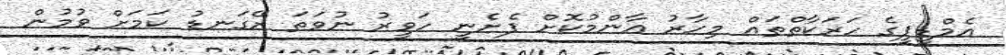
އެމްޑީޕީގެ ހަރަކާތްތައް މިހާރު އާންމުކޮށް ފެށެނީ ހަވީރު ނުވަތަ ރޭގަނޑު ކަމަށް ވުމުން